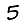
Digit: 5